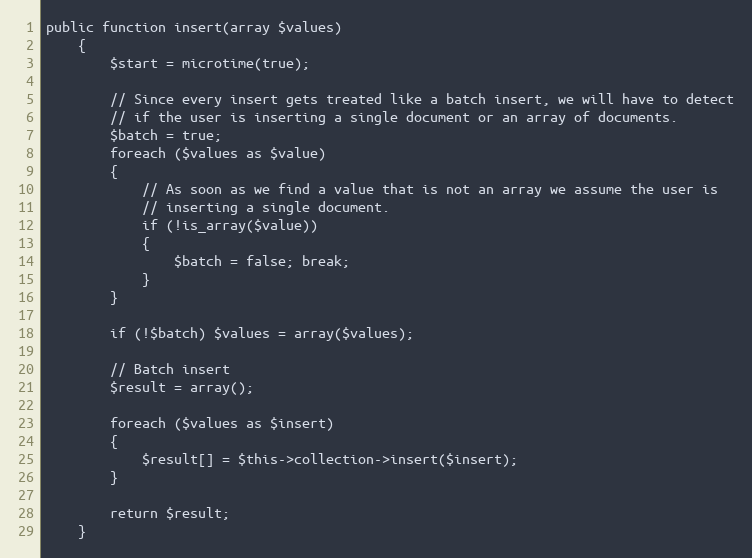
Language: PHP
public function insert(array $values)
	{
		$start = microtime(true);

		// Since every insert gets treated like a batch insert, we will have to detect
		// if the user is inserting a single document or an array of documents.
		$batch = true;
		foreach ($values as $value)
		{
		    // As soon as we find a value that is not an array we assume the user is
		    // inserting a single document.
		    if (!is_array($value))
		    {
		        $batch = false; break;
		    }
		}

		if (!$batch) $values = array($values);

		// Batch insert
		$result = array();

		foreach ($values as $insert)
		{
			$result[] = $this->collection->insert($insert);
		}

		return $result;
	}